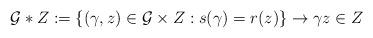
LaTeX: \begin{align*} \mathcal{G}*Z: = \{(\gamma,z) \in \mathcal{G} \times Z: s(\gamma)=r(z)\} \to \gamma z \in Z \end{align*}